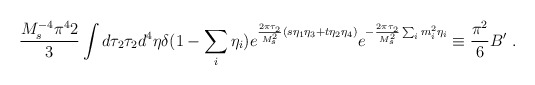
\begin{align*}{{M_s^{-4}\pi^42}\over{3}}\int d\tau_2 \tau_2 d^{4}\eta \delta (1-\sum_i \eta_i)e^{{2\pi\tau_2 \over M_s^2} (s\eta_1\eta_3+t\eta_2\eta_4)}e^{-{2\pi\tau_2 \over M_s^2} \sum_i m_i^2\eta_i}\equiv{{\pi^2}\over{6}}B' \ .\end{align*}